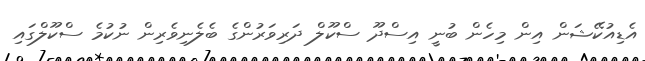
އެޑިއުކޭޝަން އިން މިހެން ބުނީ އިސްދޫ ސްކޫލް ދަރިވަރުންގެ ބެލެނިވެރިން ނުކުމެ ސްކޫލްގައި